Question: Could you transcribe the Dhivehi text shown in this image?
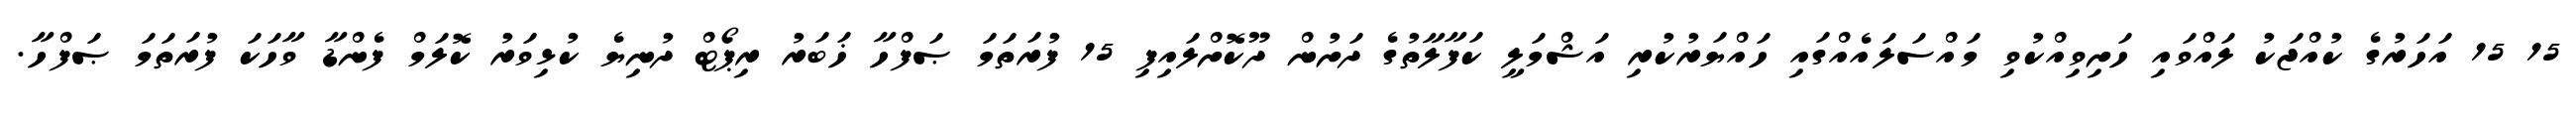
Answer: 15 15 އަހަރުގެ ކުއްޖަކު ލައްވައި ހަށިވިއްކުވި މައްސަލައެއްގައި ހައްޔަރުކުރި އަޝްމަލީ ކަފާލާތުގެ ދަށުން ދޫކޮށްލައިފި 15 ފުރަތަމަ ޞަފްހާ ޚަބަރު ރިޕޯޓް ދުނިޔެ ކުޅިވަރު ކޮލަމް ފެންޑާ ވާހަކަ ފުރަތަމަ ޞަފްހާ.